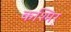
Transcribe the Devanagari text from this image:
कश्मिर्